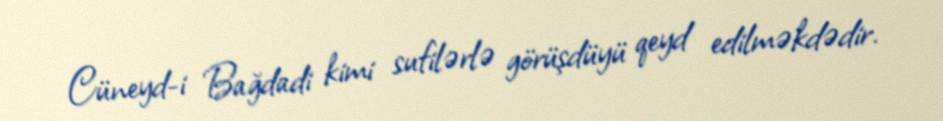
Cüneyd-i Bağdadi kimi sufilərlə görüşdüyü qeyd edilməkdədir.